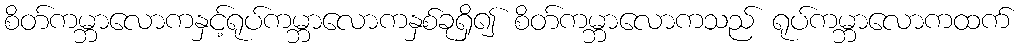
စိတ်ကမ္ဘာလောကနှင့်ရုပ်ကမ္ဘာလောကနှစ်ခုရှိ၍ စိတ်ကမ္ဘာလောကသည် ရုပ်ကမ္ဘာလောကထက်